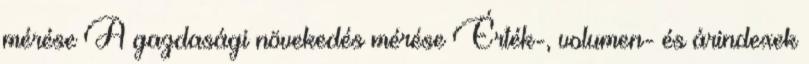
mérése A gazdasági növekedés mérése Érték-, volumen- és árindexek